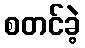
စတင်ခဲ့